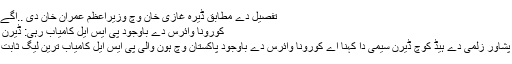
تفصیل دے مطابق ڈیرہ غازی خان وچ وزیراعظم عمران خان دی ..اگے پڑھو
کورونا وائرس دے باوجود پی ایس ایل کامیاب رہی: ڈیرن سیمی
لہور: پشاور زلمی دے ہیڈ کوچ ڈیرن سیمی دا کہنا اے کورونا وائرس دے باوجود پاکستان وچ ہون والی پی ایس ایل کامیاب ترین لیگ ثابت ہوئی۔